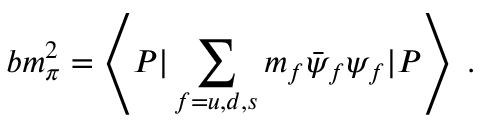
b m _ { \pi } ^ { 2 } = \left\langle P | \sum _ { f = u , d , s } m _ { f } \bar { \psi } _ { f } \psi _ { f } | P \right\rangle \; .